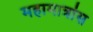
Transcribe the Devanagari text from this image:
महामात्रांस